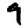
Digit: 9